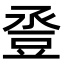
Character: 𧯢